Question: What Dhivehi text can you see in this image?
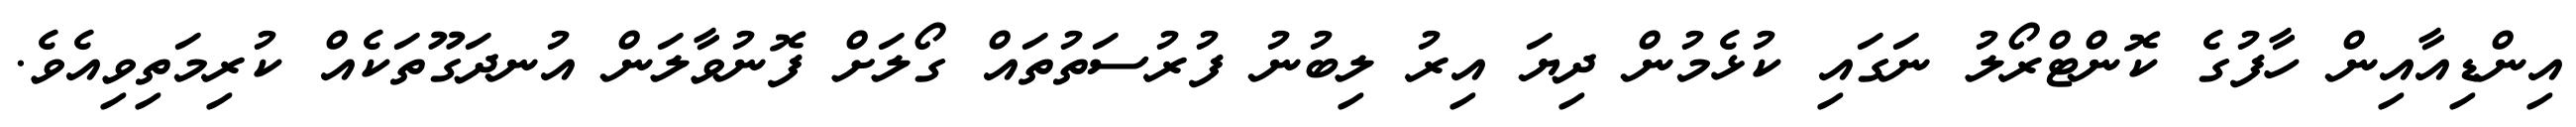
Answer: އިންޑިއާއިން ހާފުގެ ކޮންޓްރޯލު ނަގައި ކުޅެމުން ދިޔަ އިރު ލިބުނު ފުރުސަތުތައް ގޯލަށް ފޮނުވާލަން އުނދަގޫތަކެއް ކުރިމަތިވިއެވެ.